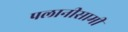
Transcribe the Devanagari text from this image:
पलानीसामी